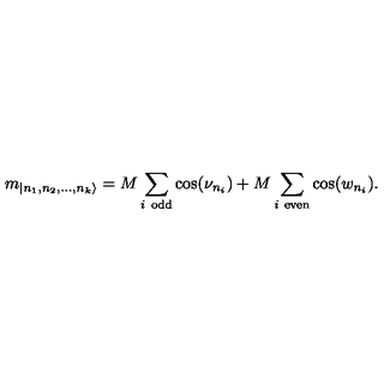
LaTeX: m _ { | n _ { 1 } , n _ { 2 } , \dots , n _ { k } \rangle } = M \sum _ { i \textrm { } \mathrm { o d d } } \cos ( \nu _ { n _ { i } } ) + M \sum _ { i \textrm { } \mathrm { e v e n } } \cos ( w _ { n _ { i } } ) .